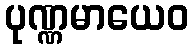
ပုဏ္ဏမာယေဝ